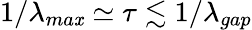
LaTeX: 1/\lambda_{ma\mathit{x}}\simeq\tau\lesssim1/\lambda_{gap}